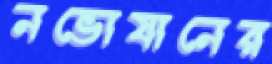
নভোযানের